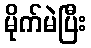
မိုက်မဲပြီး